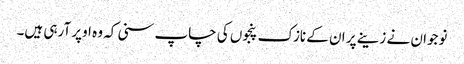
نوجوان نے زینے پر ان کے نازک پنجوں کی چاپ سنی کہ وہ اوپر آرہی ہیں۔